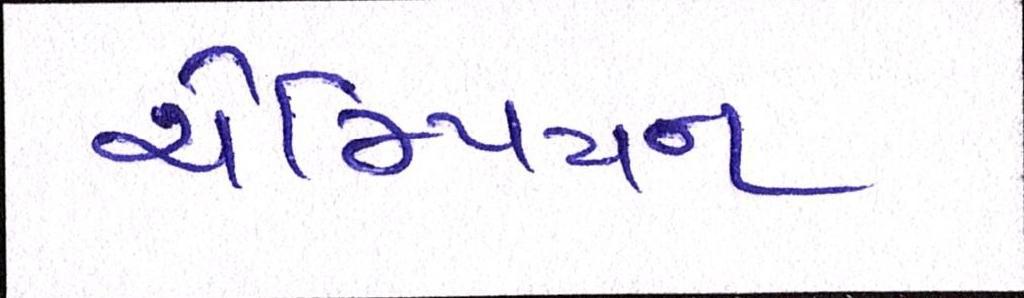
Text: ચેમ્પિયન